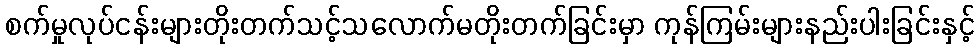
စက်မှုလုပ်ငန်းများတိုးတက်သင့်သလောက်မတိုးတက်ခြင်းမှာ ကုန်ကြမ်းများနည်းပါးခြင်းနှင့်